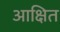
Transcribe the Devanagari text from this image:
आक्षित